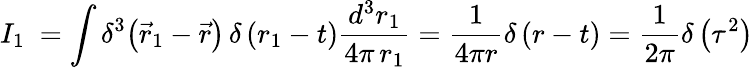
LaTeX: I_{1}\ =\int\delta^{3}\! \left({\vec{r}_{1}-\vec{r}}\right)\, \delta\left(r_{1}-t\right)\frac{d^{3}r_{1}}{4\pi\, r_{1}}=\frac{1}{4\pi r}\delta\left(r-t\right)=\frac{1}{2\pi}\delta\left(\tau^{2}\right)